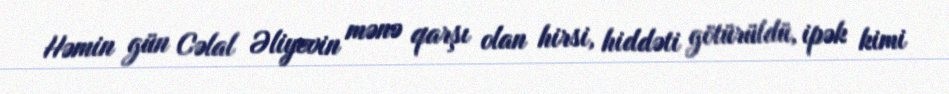
Həmin gün Cəlal Əliyevin mənə qarşı olan hirsi, hiddəti götürüldü, ipək kimi